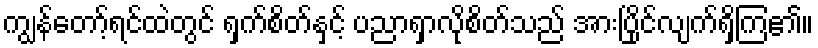
ကျွန်တော့်ရင်ထဲတွင် ရှက်စိတ်နှင့် ပညာရှာလိုစိတ်သည် အားပြိုင်လျက်ရှိကြ၏။